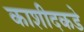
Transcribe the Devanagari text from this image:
काशीदकडे